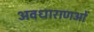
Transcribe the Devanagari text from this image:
अवधाराणओं